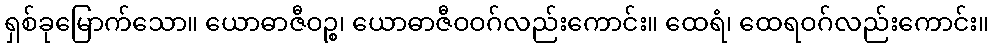
ရှစ်ခုမြောက်သော။ ယောဓာဇီဝဉ္စ၊ ယောဓာဇီဝဝဂ်လည်းကောင်း။ ထေရံ၊ ထေရဝဂ်လည်းကောင်း။